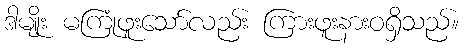
ဒါမျိုး မကြုံဖူးသော်လည်း ကြားဖူးနားဝရှိသည်။